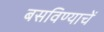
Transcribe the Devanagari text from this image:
बसविण्याचें